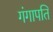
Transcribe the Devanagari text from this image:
गंगापति